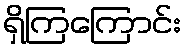
ရှိကြကြောင်း